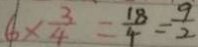
6 \times \frac { 3 } { 4 } = \frac { 1 8 } { 4 } = \frac { 9 } { 2 }